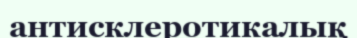
антисклеротикалық